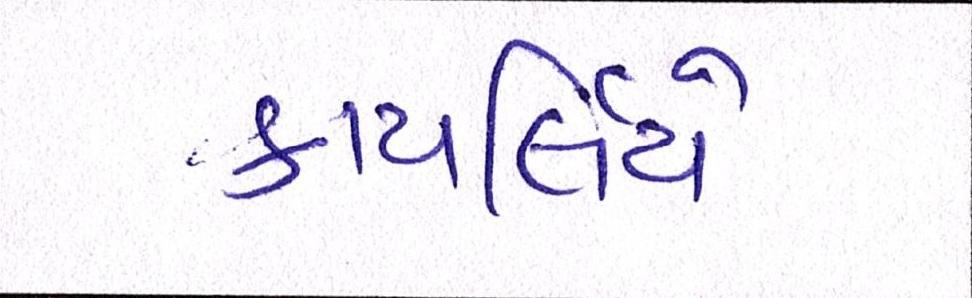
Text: કાયર્લિયે